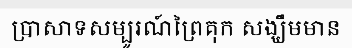
ប្រាសាទសម្បូរណ៍ព្រៃគុក សង្ឃឹមមាន